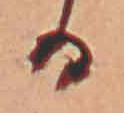
る